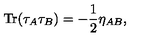
{ \mathrm { T r } } ( \tau _ { A } \tau _ { B } ) = - \frac 1 2 \eta _ { A B } ,